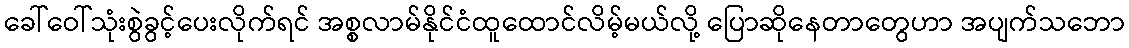
ခေါ်ဝေါ်သုံးစွဲခွင့်ပေးလိုက်ရင် အစ္စလာမ်နိုင်ငံထူထောင်လိမ့်မယ်လို့ ပြောဆိုနေတာတွေဟာ အပျက်သဘော